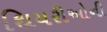
થિયરીઓની